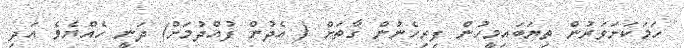
ހަމަކަށަވަރުން ތިޔަބައިމީހުން ފިރިހެނުން ގާތަށް ( އެދުން ފުއްދުމަށް) ދަނީ ހެއްޔެވެ އަދި